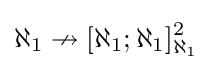
\displaystyle \aleph _{1}\nrightarrow [\aleph _{1};\aleph _{1}]_{\aleph _{1}}^{2}